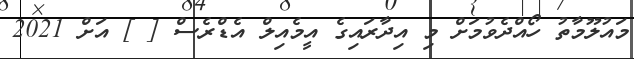
މައުލޫމާތު ހޯއްދެވުމަށް މި އިދާރައިގެ އީމެއިލް އެޑްރެސް [ ] އަށް 2021